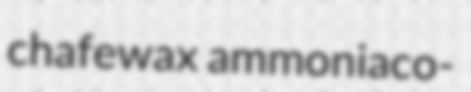
chafewax ammoniaco-